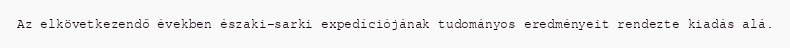
Az elkövetkezendő években északi-sarki expedíciójának tudományos eredményeit rendezte kiadás alá.